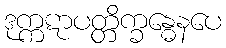
ဒုက္ကဋာပတ္တိက္ခန္ဓေနပေ